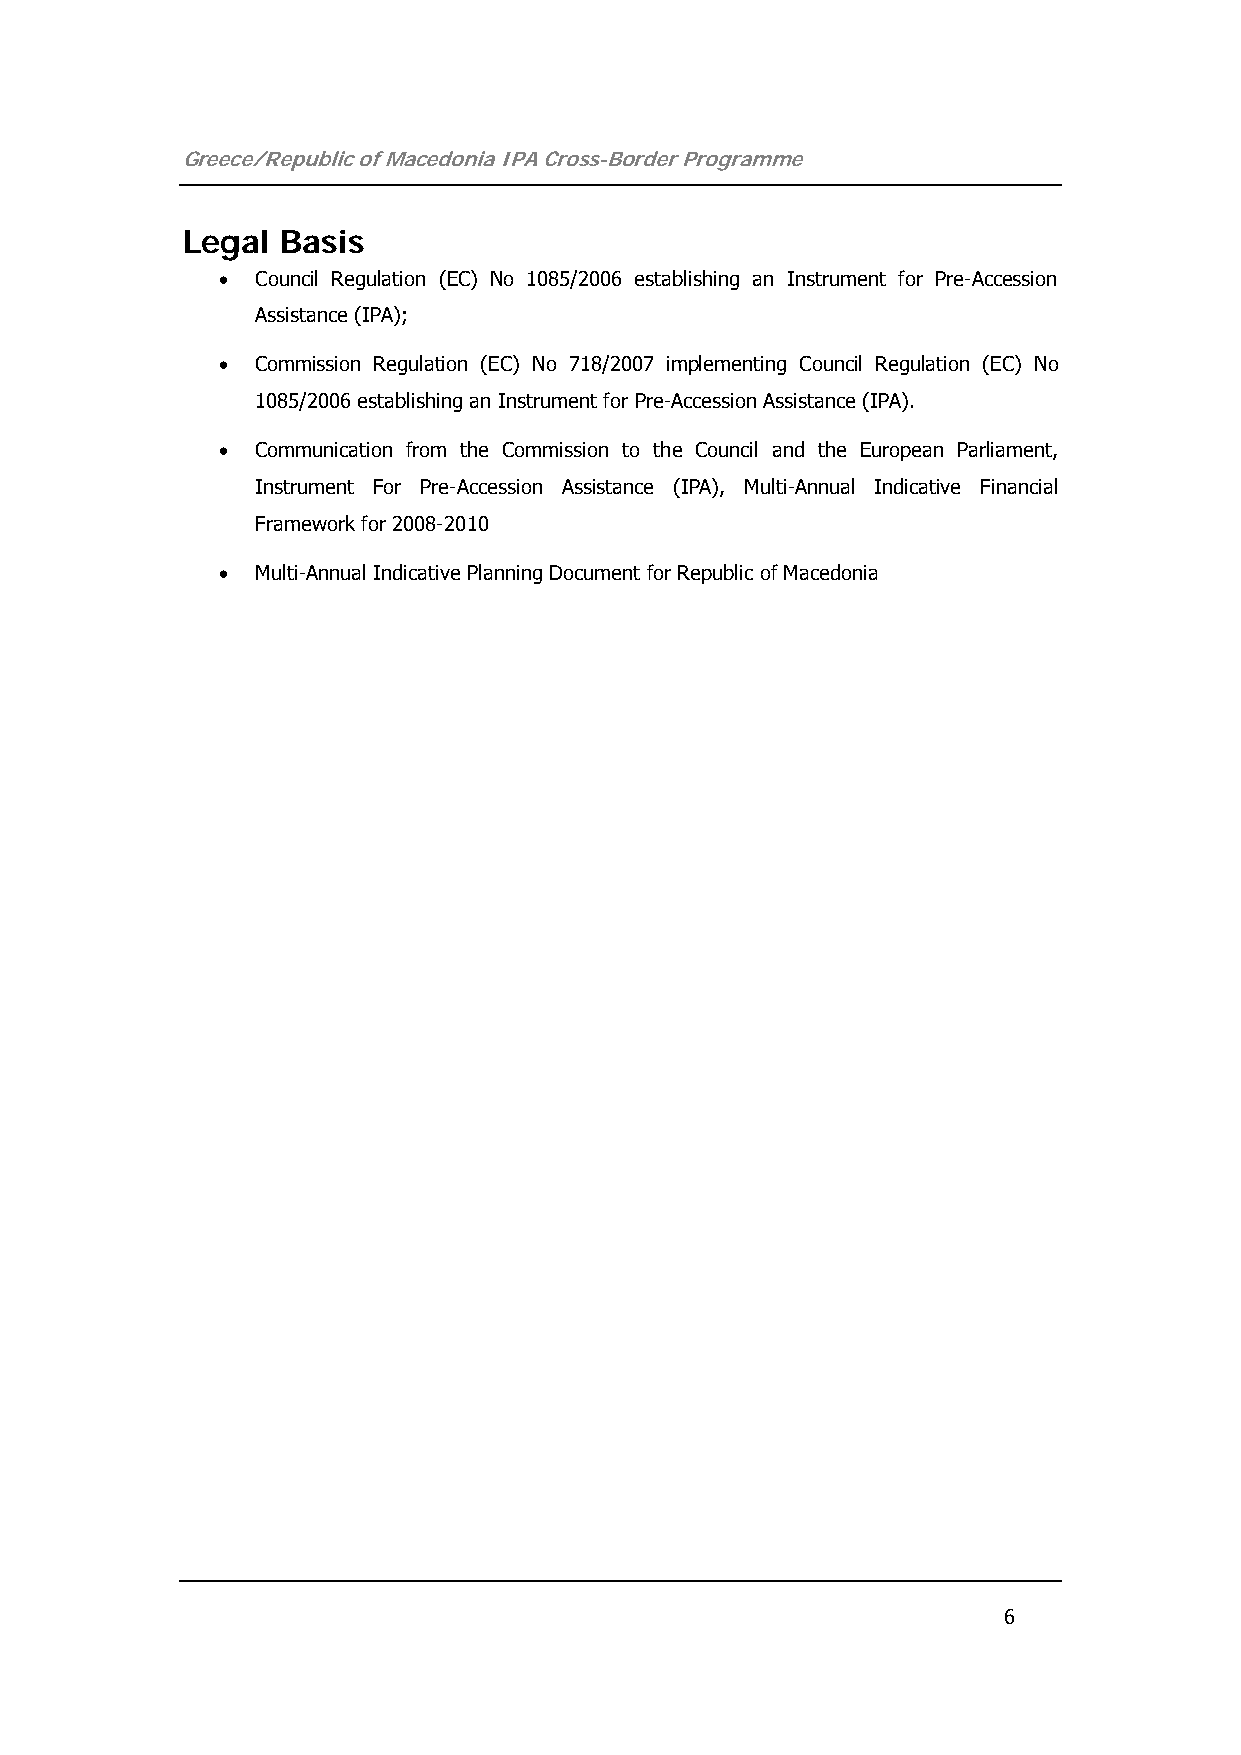
Greece/Republic of Macedonia IPA Cross-Border Programme
 Legal Basis
 •  Council Regulation (EC) No 1085/2006 establishing an Instrument for Pre-Accession
 Assistance (IPA);
 •  Commission Regulation (EC) No 718/2007 implementing Council Regulation (EC) No
 1085/2006 establishing an Instrument for Pre-Accession Assistance (IPA).
 •  Communication from the Commission to the Council and the European Parliament,
 Instrument For Pre-Accession Assistance (IPA), Multi-Annual Indicative Financial
 Framework for 2008-2010
 •  Multi-Annual Indicative Planning Document for Republic of Macedonia
 6